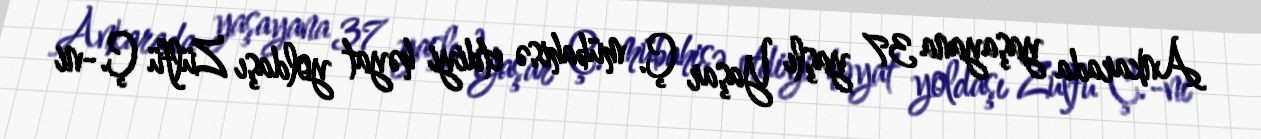
Ankarada yaşayana 37 yaşlı Yaşar Ç. mübahisə etdiyi həyat yoldaşı Zülfü Ç.-ni